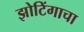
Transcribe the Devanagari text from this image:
झोटिंगाचा